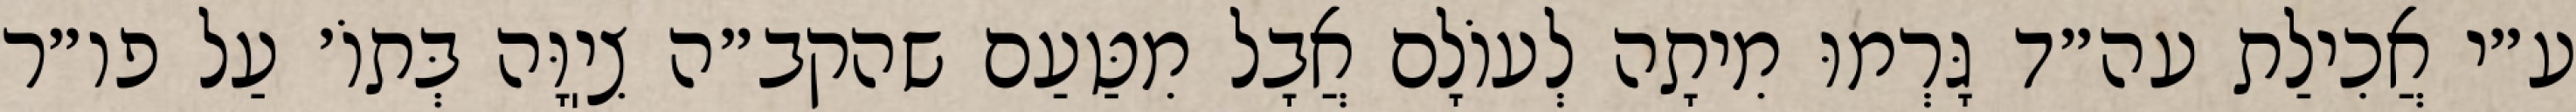
ע״י אֲכִילַת עה״ד גָּרְמוּ מִיתָה לְעוֹלָם אֲבָל מִטַּעַם שהקב״ה צִיֽוָּה בְּתוֹ׳ עַל פו״ר